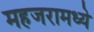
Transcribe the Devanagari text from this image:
महजरामध्ये